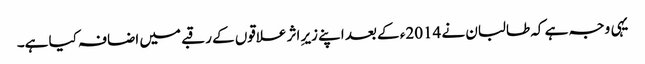
یہی وجہ ہے کہ طالبان نے 2014ء کے بعد اپنے زیرِ اثر علاقوں کے رقبے میں اضافہ کیا ہے۔